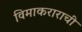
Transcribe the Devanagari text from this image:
विमाकराराची